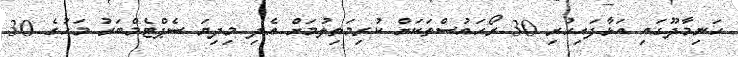
ހަނިމާދޫގައި އަޅާފައިހުރި 30 ރޯހައުސްތަކަށް ކުރިމަތިލުމަށް އެދި މިދިޔަ ސެޕްޓެމްބަރު މަހުގެ 30